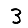
Digit: 3